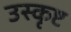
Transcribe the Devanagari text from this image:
उस्कृष्ट